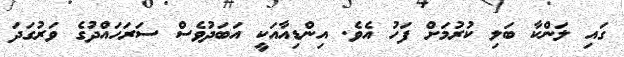
ގައި ލަންކާ ބަލި ކުރުމަށް ފަހު އެވެ. އިންޑިއާއަކީ އަބަދުވެސް ސަރަހައްދުގެ ވަރުގަދަ